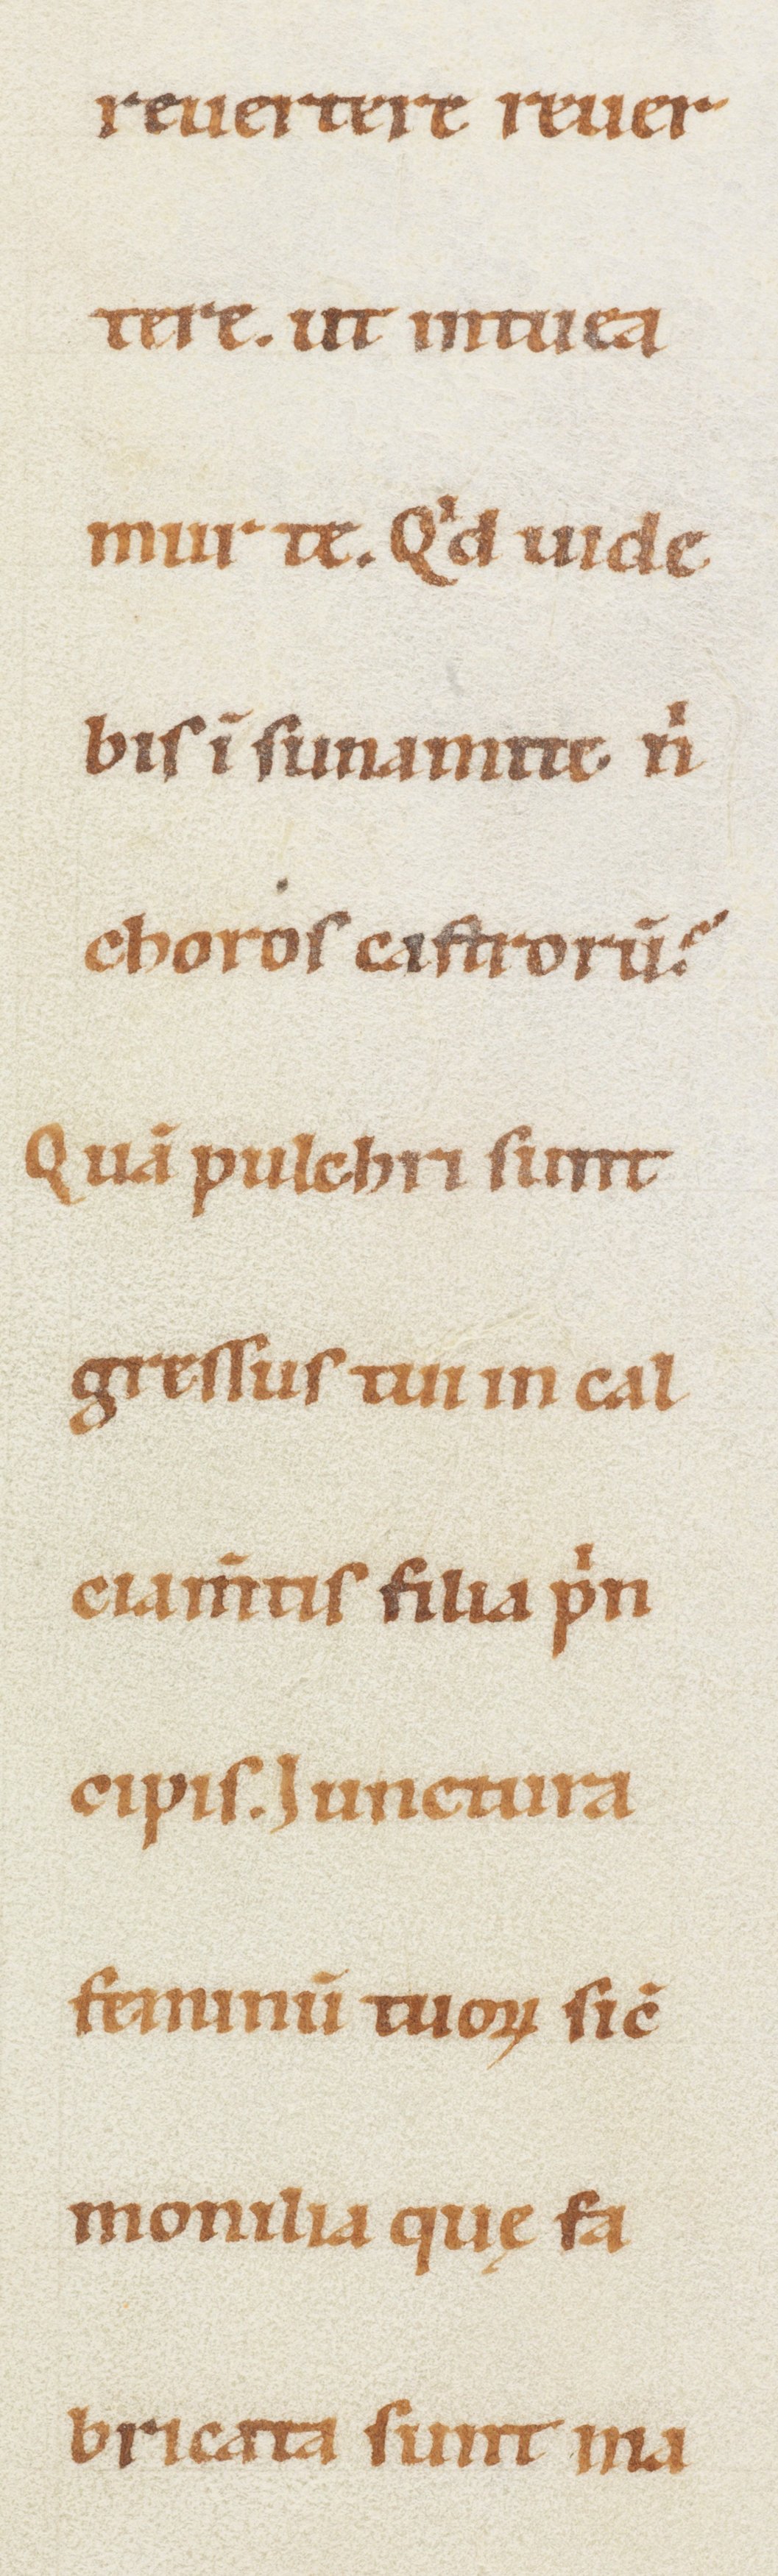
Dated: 1100–1199